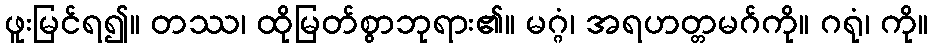
ဖူးမြင်ရ၍။ တဿ၊ ထိုမြတ်စွာဘုရား၏။ မဂ္ဂံ၊ အရဟတ္တမဂ်ကို။ ဂရုံ၊ ကို။